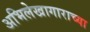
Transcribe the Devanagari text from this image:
अभिलेखागाराच्या